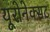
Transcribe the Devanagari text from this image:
यूरोनेक्सट